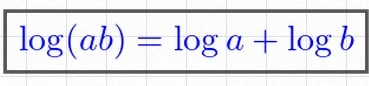
\log(ab)=\log a+\log b